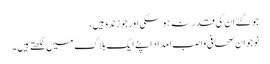
جو گئے ان کی قدر نہ ہوسکی اور جو زندہ ہیں،
نوجوان صحافی واصب امداد اپنے ایک بلاگ میں لکھتے ہیں ۔